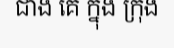
ជាង គេ ក្នុង ក្រុង